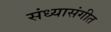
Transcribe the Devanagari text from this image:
संध्यासंगीत